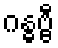
ဂန္ဓဗ္ဗီ